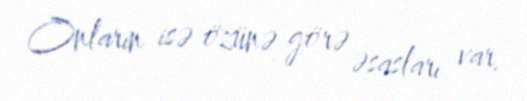
Onların isə özünə görə əsasları var.